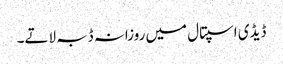
ڈیڈی اسپتال میں روزانہ ڈبہ لاتے۔